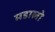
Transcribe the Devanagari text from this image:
मडालो